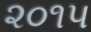
૨૦૧૫